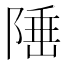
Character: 𨺪